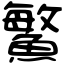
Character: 鰵